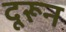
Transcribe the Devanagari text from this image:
दूरून